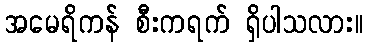
အမေရိကန် စီးကရက် ရှိပါသလား။